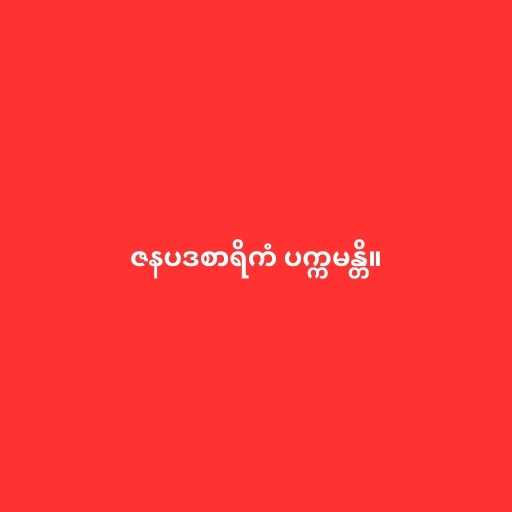
ဇနပဒစာရိကံ ပက္ကမန္တိ။